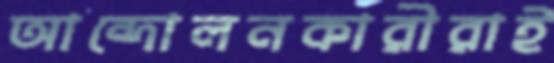
আন্দোলনকারীরাই